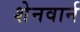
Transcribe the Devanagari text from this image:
शेनवार्न